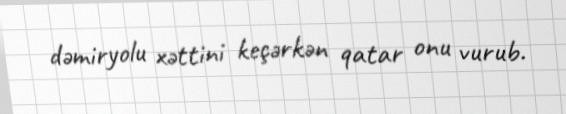
dəmiryolu xəttini keçərkən qatar onu vurub.